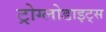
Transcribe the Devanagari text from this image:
ट्रोग्लोडाइट्स